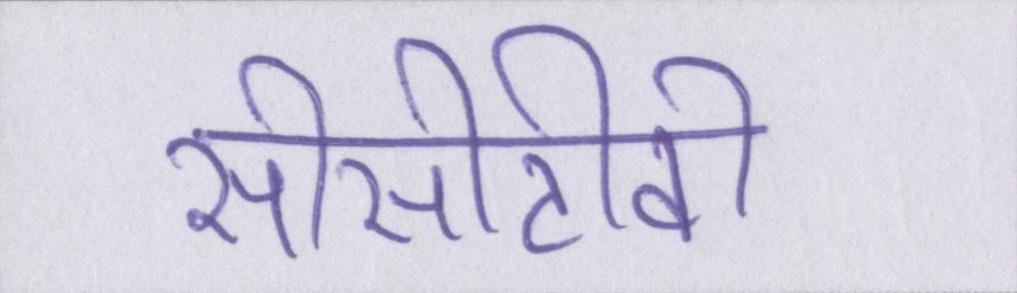
सीसीटीवी